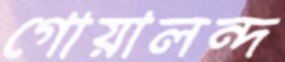
গোয়ালন্দ